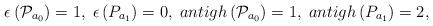
LaTeX: \begin{align*}\epsilon \left( {\cal P}_{a_0}\right) =1,\;\epsilon \left( P_{a_1}\right)=0,\;antigh\left( {\cal P}_{a_0}\right) =1,\;antigh\left( P_{a_1}\right) =2,\end{align*}